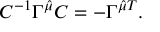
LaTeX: C ^ { - 1 } \Gamma ^ { \hat { \mu } } C = - \Gamma ^ { \hat { \mu } T } .